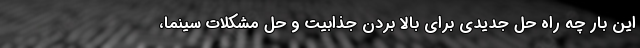
این بار چه راه حل جدیدی برای بالا بردن جذابیت و حل مشکلات سینما،